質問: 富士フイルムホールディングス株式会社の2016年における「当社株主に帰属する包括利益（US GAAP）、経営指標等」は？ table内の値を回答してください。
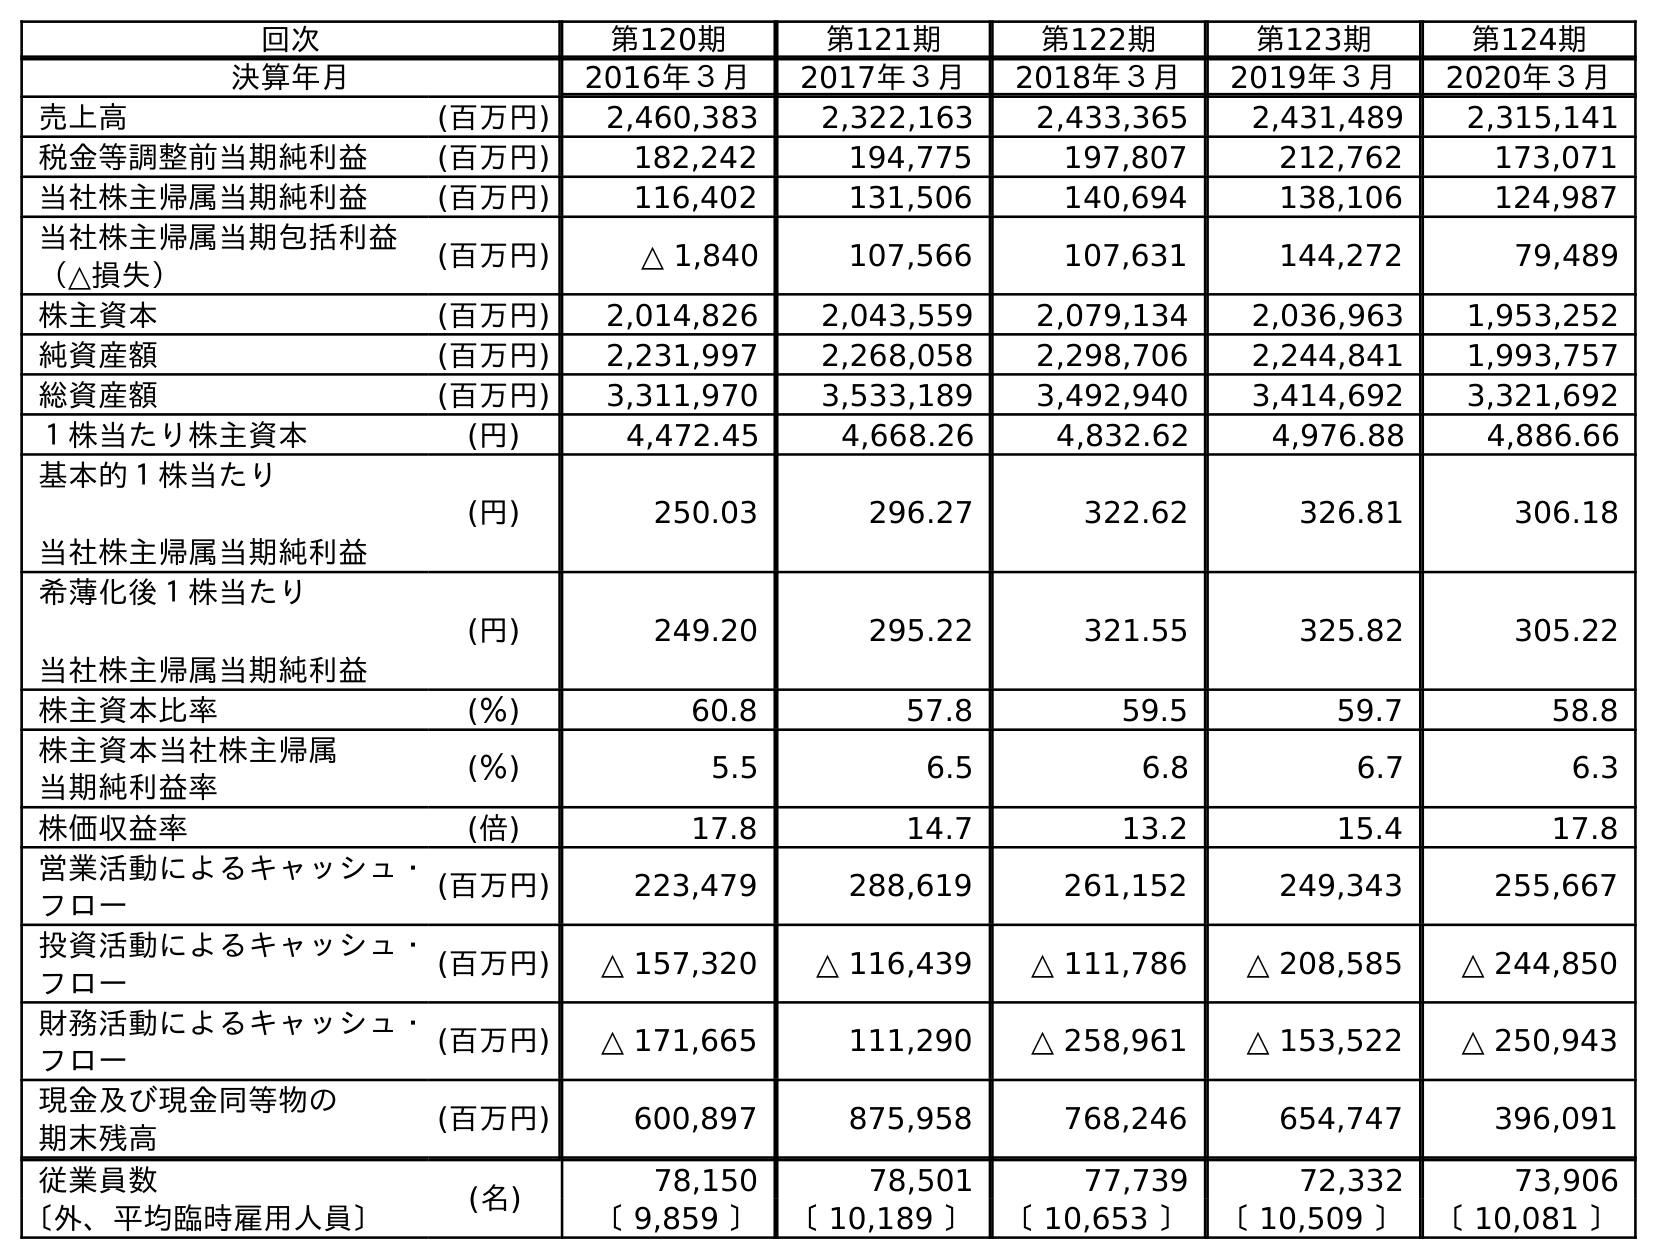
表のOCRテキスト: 回次 第120期 第121期 第122期 第123期 第124期 決算年月 2016年３月 2017年３月 2018年３月 2019年３月 2020年３月 売上高 (百万円) 2,460,383 2,322,163 2,433,365 2,431,489 2,315,141 税金等調整前当期純利益 (百万円) 182,242 194,775 197,807 212,762 173,071 当社株主帰属当期純利益 (百万円) 116,402 131,506 140,694 138,106 124,987 当社株主帰属当期包括利益 （△損失） (百万円) △ 1,840 107,566 107,631 144,272 79,489 株主資本 (百万円) 2,014,826 2,043,559 2,079,134 2,036,963 1,953,252 純資産額 (百万円) 2,231,997 2,268,058 2,298,706 2,244,841 1,993,757 総資産額 (百万円) 3,311,970 3,533,189 3,492,940 3,414,692 3,321,692 １株当たり株主資本 (円) 4,472.45 4,668.26 4,832.62 4,976.88 4,886.66 基本的１株当たり 当社株主帰属当期純利益 (円) 250.03 296.27 322.62 326.81 306.18 希薄化後１株当たり 当社株主帰属当期純利益 (円) 249.20 295.22 321.55 325.82 305.22 株主資本比率 (％) 60.8 57.8 59.5 59.7 58.8 株主資本当社株主帰属 当期純利益率 (％) 5.5 6.5 6.8 6.7 6.3 株価収益率 (倍) 17.8 14.7 13.2 15.4 17.8 営業活動によるキャッシュ・ フロー (百万円) 223,479 288,619 261,152 249,343 255,667 投資活動によるキャッシュ・ フロー (百万円) △ 157,320 △ 116,439 △ 111,786 △ 208,585 △ 244,850 財務活動によるキャッシュ・ フロー (百万円) △ 171,665 111,290 △ 258,961 △ 153,522 △ 250,943 現金及び現金同等物の 期末残高 (百万円) 600,897 875,958 768,246 654,747 396,091 従業員数 (名) 78,150 78,501 77,739 72,332 73,906 〔外、平均臨時雇用人員〕 〔 9,859 〕 〔 10,189 〕 〔 10,653 〕 〔 10,509 〕 〔 10,081 〕
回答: △1,840